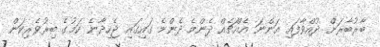
ބާރުބާރަށް ދުއްވާފައި އަންނަ އެއްޗެއް ދެންމެ ދެންމެ ގައިގައި ޖެހިދާނެ ކަމުގެ ބިރުވެރިކަން